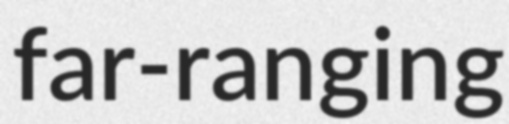
far-ranging